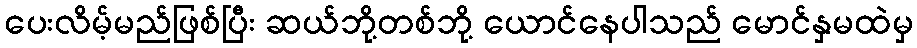
ပေးလိမ့်မည်ဖြစ်ပြီး ဆယ်ဘို့တစ်ဘို့ ယောင်နေပါသည် မောင်နှမထဲမှ